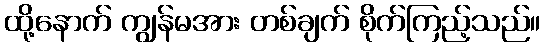
ထို့နောက် ကျွန်မအား တစ်ချက် စိုက်ကြည့်သည်။